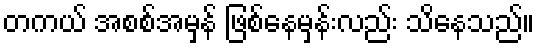
တကယ် အစစ်အမှန် ဖြစ်နေမှန်းလည်း သိနေသည်။